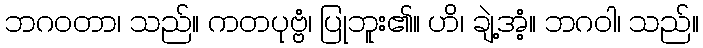
ဘဂဝတာ၊ သည်။ ကတပုဗ္ဗံ၊ ပြုဘူး၏။ ဟိ၊ ချဲ့အံ့။ ဘဂဝါ၊ သည်။